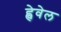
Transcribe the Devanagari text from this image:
ह्वेवेल